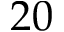
2 0